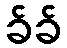
ခ်ခ်